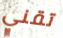
تقني